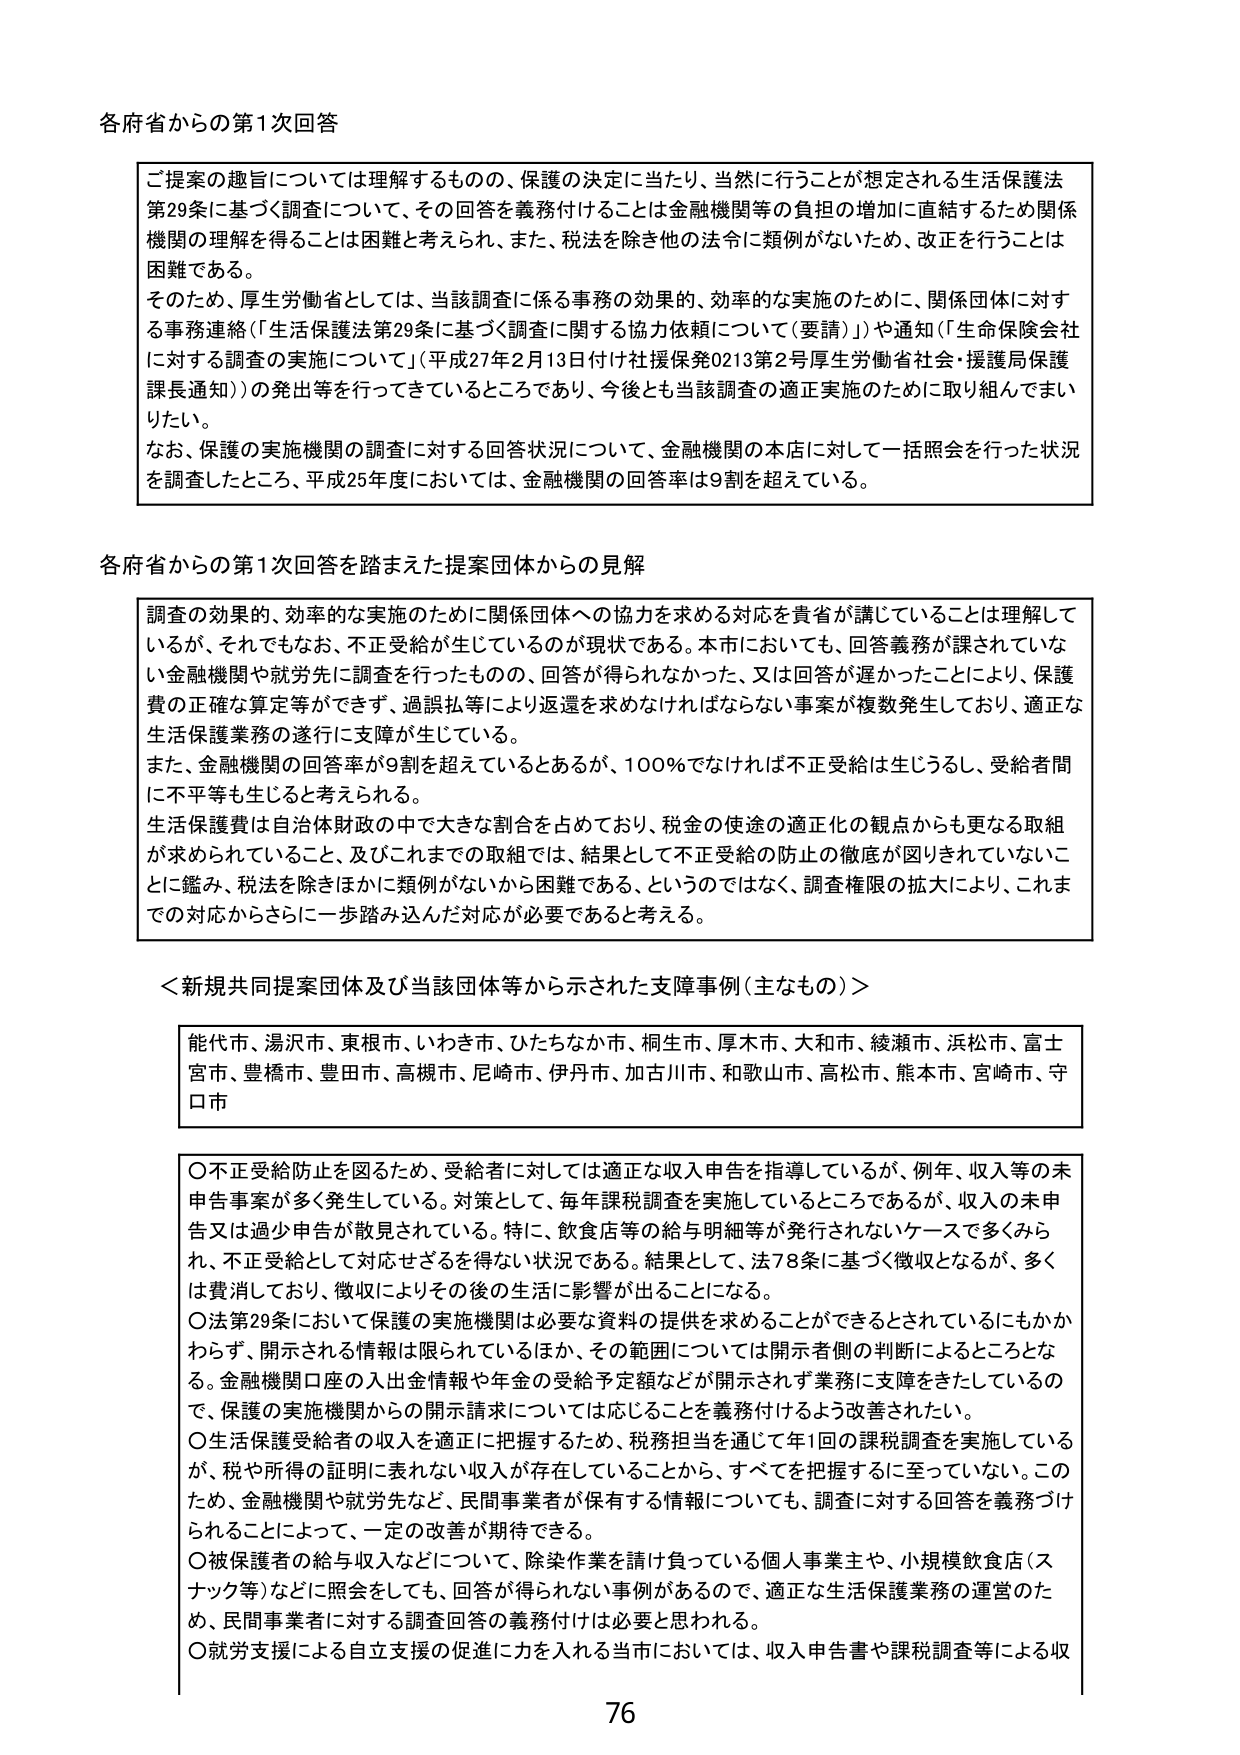
各府省からの第1次回答

ご提案の趣旨については理解するものの、保護の決定に当たり、当然に行うことが想定される生活保護法第29条に基づく調査について、その回答を義務付けることは金融機関等の負担の増加に直結するため関係機関の理解を得ることは困難と考えられ、また、税法を除き他の法令に類例がないため、改正を行うことは困難である。

そのため、厚生労働省としては、当該調査に係る事務の効果的、効率的な実施のために、関係団体に対する事務連絡「生活保護法第29条に基づく調査に関する協力依頼について（要請）」や通知「生命保険会社に対する調査の実施について」（平成27年2月13日付け社援保発0213第2号厚生労働省社会・援護局保護課長通知）の発出等を行ってきているところであり、今後とも当該調査の適正実施のために取り組んでまいりたい。

なお、保護の実施機関の調査に対する回答状況について、金融機関の本店に対して一括照会を行った状況を調査したところ、平成25年度においては、金融機関の回答率は9割を超えている。

各府省からの第1次回答を踏まえた提案団体からの見解

調査の効果的、効率的な実施のために関係団体への協力を求める対応を貴省が講じていることは理解しているが、それでもなお、不正受給が生じているのが現状である。本市においても、回答義務が課されていない金融機関や就労先に調査を行ったものの、回答が得られなかった、又は回答が遅かったことにより、保護費の正確な算定等ができず、過誤払等により返還を求めなければならない事案が複数発生しており、適正な生活保護業務の遂行に支障が生じている。

また、金融機関の回答率が9割を超えているとあるが、100％でなければ不正受給は生じうるし、受給者間に不平等も生じると考えられる。

生活保護費は自治体財政の中で大きな割合を占めており、税金の使途の適正化の観点からも更なる取組が求められていること、及びこれまでの取組では、結果として不正受給の防止の徹底が図りきれていないことに鑑み、税法を除きほかに類例がないから困難である、というのではなく、調査権限の拡大により、これまでの対応からさらに一歩踏み込んだ対応が必要であると考える。

＜新規共同提案団体及び当該団体等から示された支障事例（主なもの）＞

能代市、湯沢市、東根市、いわき市、ひたちなか市、桐生市、厚木市、大和市、綾瀬市、浜松市、富士宮市、豊橋市、豊田市、高槻市、尼崎市、伊丹市、加古川市、和歌山市、高松市、熊本市、宮崎市、守口市

〇不正受給防止を図るため、受給者に対しては適正な収入申告を指導しているが、例年、収入等の未申告事案が多く発生している。対策として、毎年課税調査を実施しているところであるが、収入の未申告又は過少申告が散見されている。特に、飲食店等の給与明細等が発行されないケースで多くみられ、不正受給として対応せざるを得ない状況である。結果として、法78条に基づく徴収となるが、多くは費消しており、徴収によりその後の生活に影響が出ることになる。

〇法第29条において保護の実施機関は必要な資料の提供を求めることができるとしているにもかかわらず、開示される情報は限られているほか、その範囲については開示者側の判断によるところとなる。金融機関口座の入出金情報や年金の受給予定額などが開示されず業務に支障をきたしているので、保護の実施機関からの開示請求については応じることを義務付けるよう改善されたい。

〇生活保護受給者の収入を適正に把握するため、税務担当を通じて年1回の課税調査を実施しているが、税や所得の証明に表れない収入が存在していることから、すべてを把握するに至っていない。このため、金融機関や就労先など、民間事業者が保有する情報についても、調査に対する回答が義務づけられることによって、一定の改善が期待できる。

〇被保護者の給与収入などについて、除染作業を請け負っている個人事業主や、小規模飲食店（スナック等）などに照会をしても、回答が得られない事例があるので、適正な生活保護業務の運営のため、民間事業者に対する調査回答の義務付けは必要と思われる。

〇就労支援による自立支援の促進に力を入れる当市においては、収入申告書や課税調査等による収

76